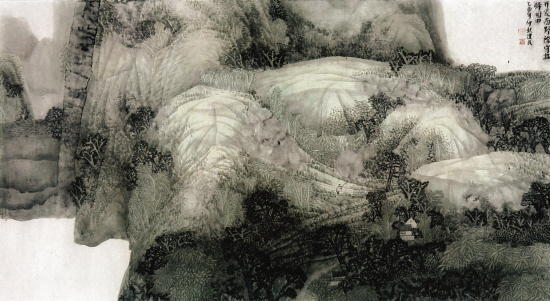
开荒南野际，守拙归园田。